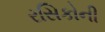
રસિકોની